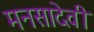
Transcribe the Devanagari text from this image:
मनसादेवी